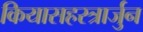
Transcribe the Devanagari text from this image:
कियासहस्त्रार्जुन